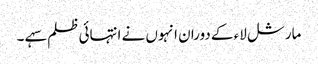
مارشل لاء کے دوران انہوں نے انتہائی ظلم سہے ۔